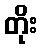
တိုး